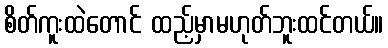
စိတ်ကူးထဲတောင် ထည့်မှာမဟုတ်ဘူးထင်တယ်။